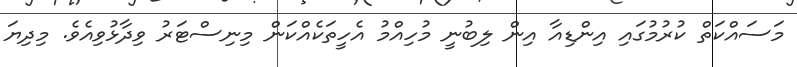
މަސައްކަތް ކުރުމުގައި އިންޑިއާ އިން ލިބުނީ މުހިއްމު އެހީތަކެއްކަން މިނިސްޓަރު ވިދާޅުވިއެވެ. މިދިޔަ